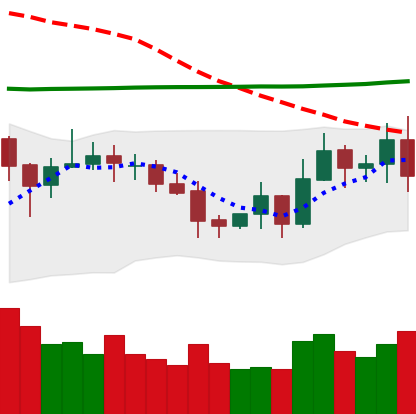
Ticker: EOS-USD
Chart end date: 2020-10-26
Forward return: -4.088%
Label: down_3_5